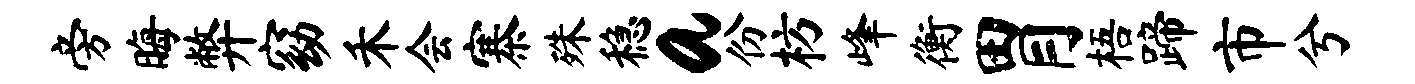
旁晦弊窈禾会寨殊稳a份枋峰衡胃梧蹄市兮